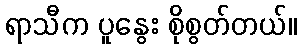
ရာသီက ပူနွေး စိုစွတ်တယ်။